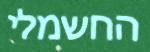
החשמלי